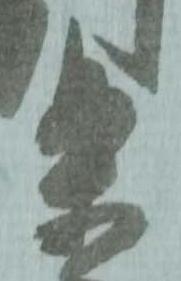
条